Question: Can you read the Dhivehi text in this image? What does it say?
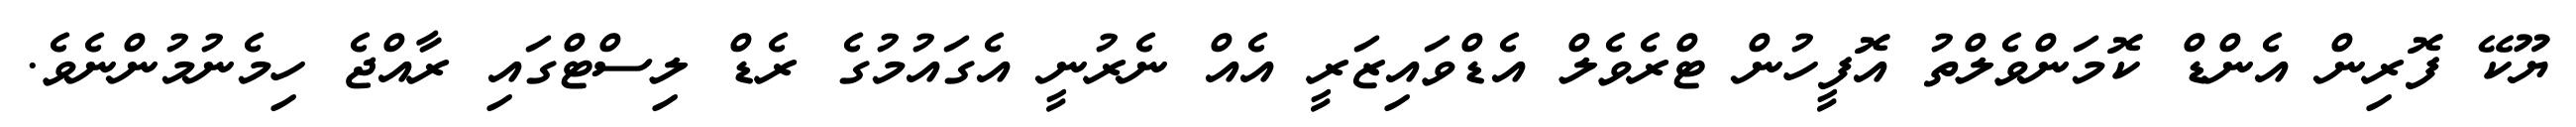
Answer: ޔޫކޭ ފޮރިން އެންޑް ކޮމަންވެލްތު އޮފީހުން ޓްރެވެލް އެޑްވައިޒަރީ އެއް ނެރުނީ އެގައުމުގެ ރެޑް ލިސްޓްގައި ރާއްޖެ ހިމެނުމުންނެވެ.